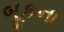
બૂકના